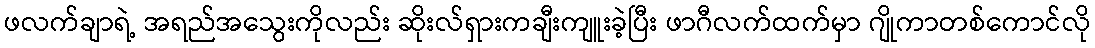
ဖလက်ချာရဲ့ အရည်အသွေးကိုလည်း ဆိုးလ်ရှားကချီးကျူးခဲ့ပြီး ဖာဂီလက်ထက်မှာ ဂျိုကာတစ်ကောင်လို